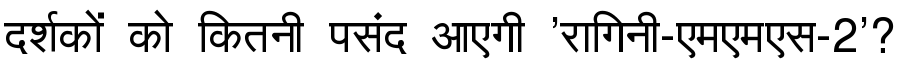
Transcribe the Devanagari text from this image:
दर्शकों को कितनी पसंद आएगी 'रागिनी-एमएमएस-2'?